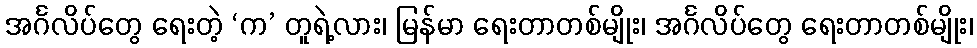
အင်္ဂလိပ်တွေ ရေးတဲ့ ‘က’ တူရဲ့လား၊ မြန်မာ ရေးတာတစ်မျိုး၊ အင်္ဂလိပ်တွေ ရေးတာတစ်မျိုး၊